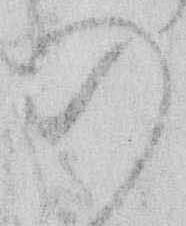
の